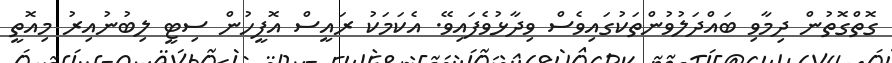
ގޮތްގޮތުން ދިމާވި ބައްދަލުވުންތަކުގައިވެސް ވިދާޅުވެފައިވޭ. އެކަމަކު ރައީސް އޮފީހުން ސިޓީ ލިބުނުއިރު މިއޮތީ